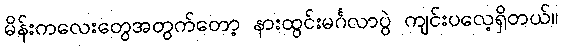
မိန်းကလေးတွေအတွက်တော့ နားထွင်းမင်္ဂလာပွဲ ကျင်းပလေ့ရှိတယ်။